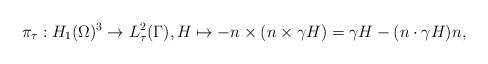
LaTeX: \begin{align*}\pi_{\tau}:H_{1}(\Omega)^{3}\to L_{\tau}^{2}(\Gamma),H\mapsto-n\times(n\times\gamma H)=\gamma H-(n\cdot\gamma H)n,\end{align*}